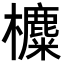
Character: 𣟸